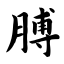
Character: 膊